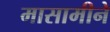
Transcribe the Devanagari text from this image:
मासामीने